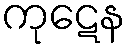
ကုဋေန